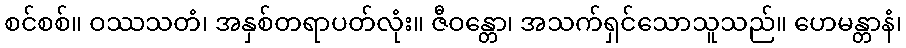
စင်စစ်။ ဝဿသတံ၊ အနှစ်တရာပတ်လုံး။ ဇီဝန္တော၊ အသက်ရှင်သောသူသည်။ ဟေမန္တာနံ၊